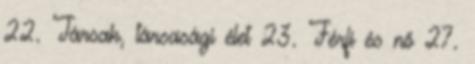
22. Társak, társasági élet 23. Férfi és nő 27.